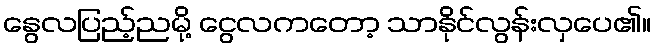
နွေလပြည့်ညမို့ ငွေလကတော့ သာနိုင်လွန်းလှပေ၏။